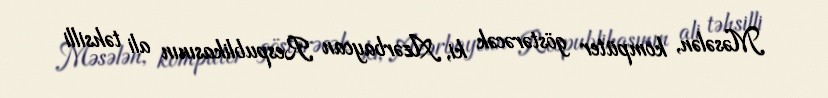
Məsələn, kompüter göstərəcək ki, Azərbaycan Respublikasının ali təhsilli